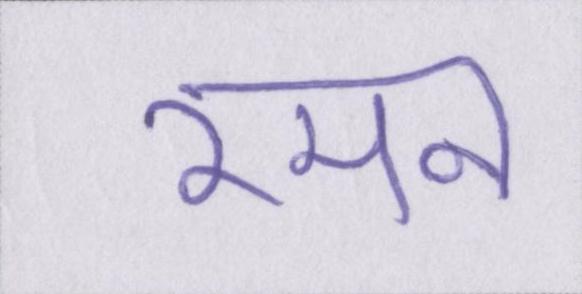
रमन